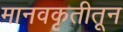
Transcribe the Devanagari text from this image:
मानवकृतीतून